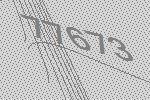
77673